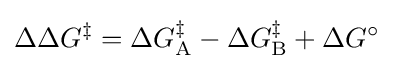
\Delta \Delta G^{\ddagger }=\Delta G_{\mathrm {A} }^{\ddagger }-\Delta G_{\mathrm {B} }^{\ddagger }+\Delta G^{\circ }